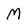
Character: M